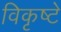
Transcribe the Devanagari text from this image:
विकृष्टे